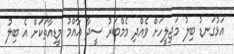
އަޅުގަނޑު ބިލު މަޖިލީހަށް ވެއްދި މެމްބަރު ސީދާ އާއްމު މީޑިއާތަކަށް އެ ބިލު